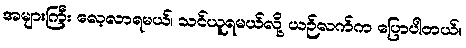
အများကြီး လေ့လာရမယ်၊ သင်ယူရမယ်လို့ ယဉ်လက်က ပြောပါတယ်။